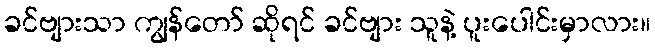
ခင်ဗျားသာ ကျွန်တော် ဆိုရင် ခင်ဗျား သူနဲ့ ပူးပေါင်းမှာလား။